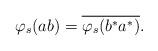
LaTeX: \begin{align*}\varphi_s(ab) = \overline{\varphi_s(b^*a^*)}.\end{align*}